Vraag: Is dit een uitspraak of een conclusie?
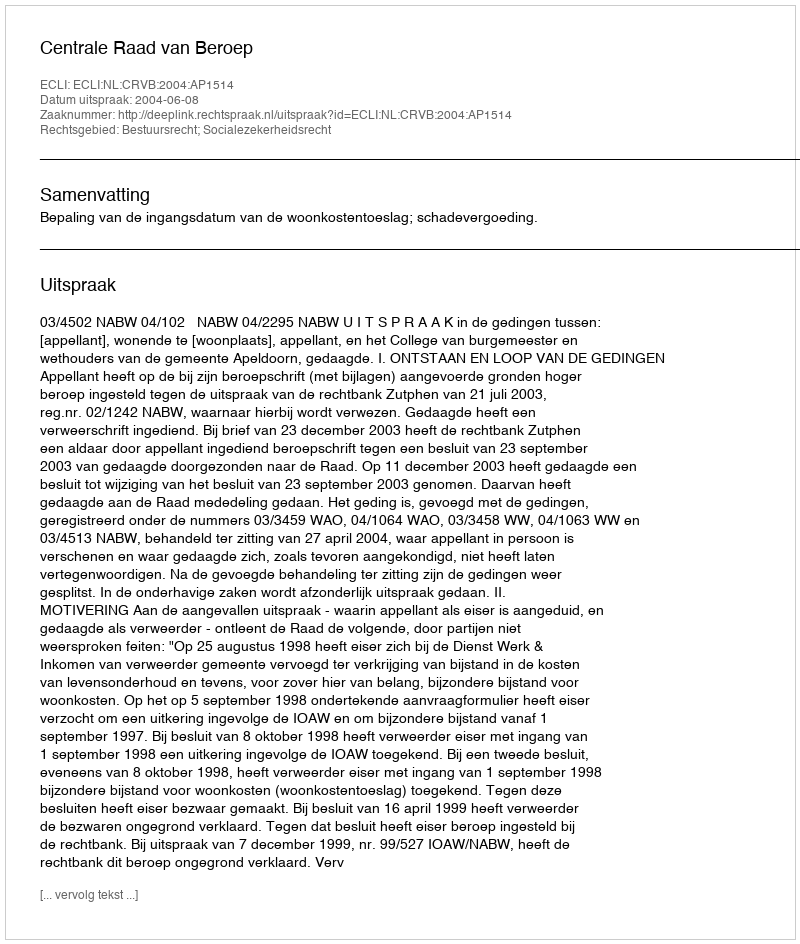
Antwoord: Uitspraak